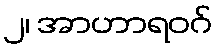
၂၊ အာဟာရဝဂ်